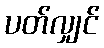
ပတ်လျှင်